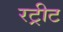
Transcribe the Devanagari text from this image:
रट्रीट